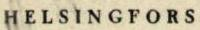
HELSINGFORS